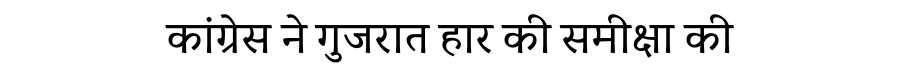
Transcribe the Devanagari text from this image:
कांग्रेस ने गुजरात हार की समीक्षा की